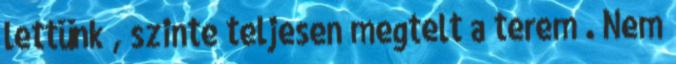
lettünk , szinte teljesen megtelt a terem . Nem